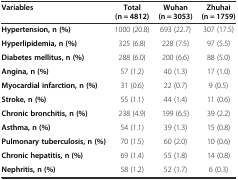
<table><thead><tr><td><b>Variables</b></td><td><b>Total (n = 4812)</b></td><td><b>Wuhan (n = 3053)</b></td><td><b>Zhuhai (n = 1759)</b></td></tr></thead><tbody><tr><td><b>Hypertension, n (%)</b></td><td>1000 (20.8)</td><td>693 (22.7)</td><td>307 (17.5)</td></tr><tr><td><b>Hyperlipidemia, n (%)</b></td><td>325 (6.8)</td><td>228 (7.5)</td><td>97 (5.5)</td></tr><tr><td><b>Diabetes mellitus, n (%)</b></td><td>288 (6.0)</td><td>200 (6.6)</td><td>88 (5.0)</td></tr><tr><td><b>Angina, n (%)</b></td><td>57 (1.2)</td><td>40 (1.3)</td><td>17 (1.0)</td></tr><tr><td><b>Myocardial infarction, n (%)</b></td><td>31 (0.6)</td><td>22 (0.7)</td><td>9 (0.5)</td></tr><tr><td><b>Stroke, n (%)</b></td><td>55 (1.1)</td><td>44 (1.4)</td><td>11 (0.6)</td></tr><tr><td><b>Chronic bronchitis, n (%)</b></td><td>238 (4.9)</td><td>199 (6.5)</td><td>39 (2.2)</td></tr><tr><td><b>Asthma, n (%)</b></td><td>54 (1.1)</td><td>39 (1.3)</td><td>15 (0.8)</td></tr><tr><td><b>Pulmonary tuberculosis, n (%)</b></td><td>70 (1.5)</td><td>60 (2.0)</td><td>10 (0.6)</td></tr><tr><td><b>Chronic hepatitis, n (%)</b></td><td>69 (1.4)</td><td>55 (1.8)</td><td>14 (0.8)</td></tr><tr><td><b>Nephritis, n (%)</b></td><td>58 (1.2)</td><td>52 (1.7)</td><td>6 (0.3)</td></tr></tbody></table>